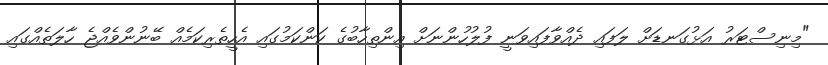
"މިނިސްޓަރު އަޅުގަނޑަށް ލަފައި ދެއްވާފައިވަނީ ފުލުހުންނަށް އިންތިހާބުގެ ކަންކަމުގައި އެހީތެރިކަމެއް ބޭނުންވެއްޖެ ހާލަތެއްގައި